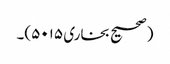
(صحیح بخاری ۵۰۱۵)۔